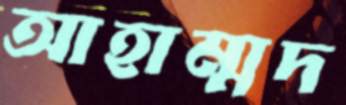
আহাম্মদ